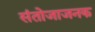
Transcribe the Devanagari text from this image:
संतोजाजनक